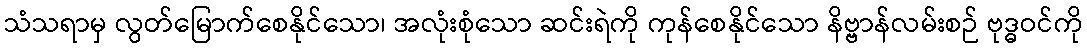
သံသရာမှ လွတ်မြောက်စေနိုင်သော၊ အလုံးစုံသော ဆင်းရဲကို ကုန်စေနိုင်သော နိဗ္ဗာန်လမ်းစဉ် ဗုဒ္ဓဝင်ကို